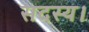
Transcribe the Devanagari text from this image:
सदस्‍य।